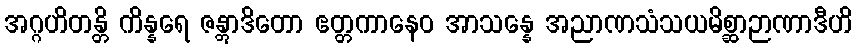
အဂ္ဂဟိတန္တိ ကိန္နရေ ဇန္တွာဒိတော ဧတ္တကာနေဝ အာသန္နေ အညာဏသံသယမိစ္ဆာဉာဏာဒီဟိ